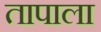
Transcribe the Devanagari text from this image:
तापाला